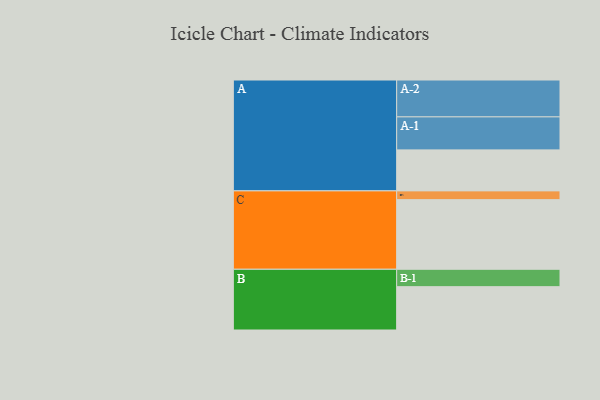
{"axis": {"x": "Segment", "y": "Value"}, "legend": ["", "A", "B", "C"], "data": [{"x": "A", "y": 318, "type": ""}, {"x": "B", "y": 336, "type": ""}, {"x": "C", "y": 540, "type": ""}, {"x": "A-1", "y": 256, "type": "A"}, {"x": "A-2", "y": 286, "type": "A"}, {"x": "B-1", "y": 135, "type": "B"}, {"x": "C-1", "y": 68, "type": "C"}]}